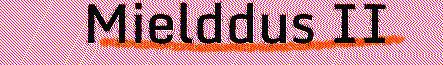
Mielddus II